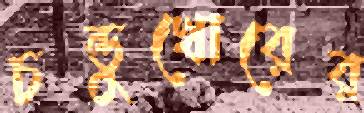
চন্ডুখোরের